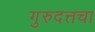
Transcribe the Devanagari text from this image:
गुरुदत्तचा